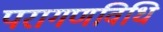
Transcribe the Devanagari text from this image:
परागणविधि